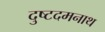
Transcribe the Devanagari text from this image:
दुष्टदमनाथ